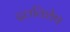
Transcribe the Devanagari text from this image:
दलविशेष